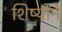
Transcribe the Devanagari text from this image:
शिष्योंने